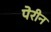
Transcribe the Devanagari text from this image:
पेरीन